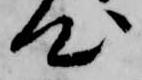
心